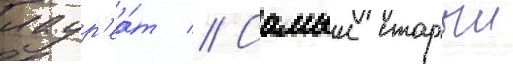
лаур'еа́т // Самыи старыи